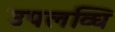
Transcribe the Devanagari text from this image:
उपलव्धि